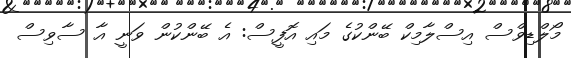
މޯލްޑިވްސް އިސްލާމިކް ބޭންކުގެ މައި އޮފީސް: އެ ބޭންކުން ވަނީ އާ ސާވިސް